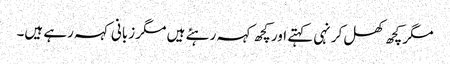
مگر کچھ کھل کر نہی کہتے اور کچھ کہہ رہئے ہیں مگر زبانی کہہ رہے ہیں۔